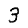
Digit: 3